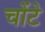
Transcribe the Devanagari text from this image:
चोंटे